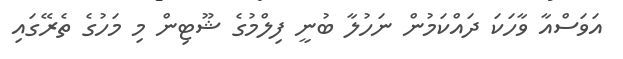
އަވަސްއާ ވާހަކަ ދައްކަމުން ނަހުލާ ބުނީ ފިލްމުގެ ޝޫޓިން މި މަހުގެ ތެރޭގައި